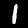
Digit: 1